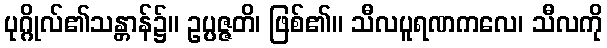
ပုဂ္ဂိုလ်၏သန္တာန်၌။ ဥပ္ပဇ္ဇတိ၊ ဖြစ်၏။ သီလပူရဏကလေ၊ သီလကို